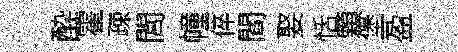
酔霍疎閭幢倅閻娶恬顆堡盈